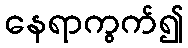
နေရာကွက်၍